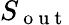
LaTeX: S_{\mathrm{~o~u~t~}}